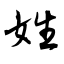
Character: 姓